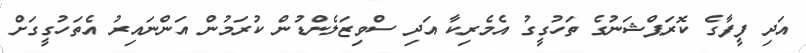
އަދި ފީފާގެ ކޮރަޕްޝަނުގެ ތަހުގީގު އެމެރިކާ އަދި ސްވިޒަލެންޑުން ކުރަމުން އަންނައިރު އެތަހުގީގަށް